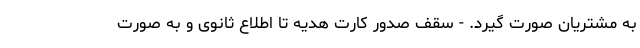
به مشتریان صورت گیرد. - سقف صدور کارت هدیه تا اطلاع ثانوی و به صورت